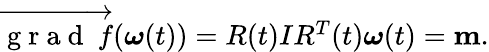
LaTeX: \begin{array}{r}{\overrightarrow{\mathrm{~g~r~a~d~}~f}(\boldsymbol{\omega}(t))=R(t)IR^{T}(t)\boldsymbol{\omega}(t)={\mathbf m}.}\end{array}